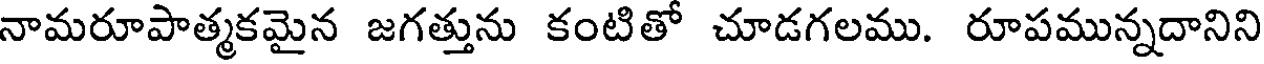
నామరూపాత్మకమైన జగత్తును కంటితో చూడగలము. రూపమున్నదానిని